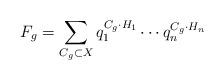
LaTeX: \begin{align*}F_g=\sum_{C_g\subset X} q_1^{C_g\cdot H_1}\cdots q_n^{C_g\cdot H_n}\end{align*}